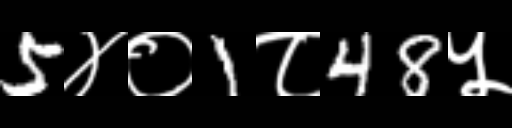
Text: 5४०1८48५